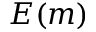
E ( m )